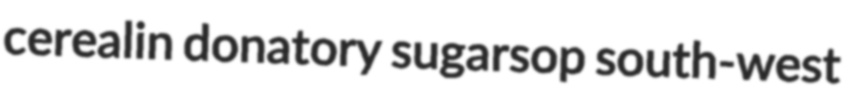
cerealin donatory sugarsop south-west